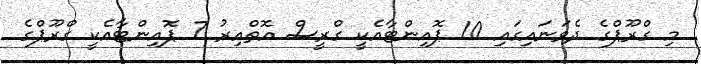
މި ގްރޫޕްގެ ދެވަނައިގައި 10 ޕޮއިންޓާއެކީ ގްރީސް އޮތްއިރު 7 ޕޮއިންޓާއެކީ ގްރޫޕްގެ